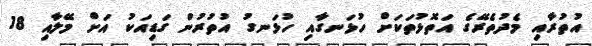
އުތުރާއި މެދުތެރޭގެ އަތޮޅުތަކަށް ހުޅަނގާއި ހުޅަނގު އުތުރުން ގަޑިއަކު އަށް މޭލާއި 18